Leaving Certificate Examination, 1922
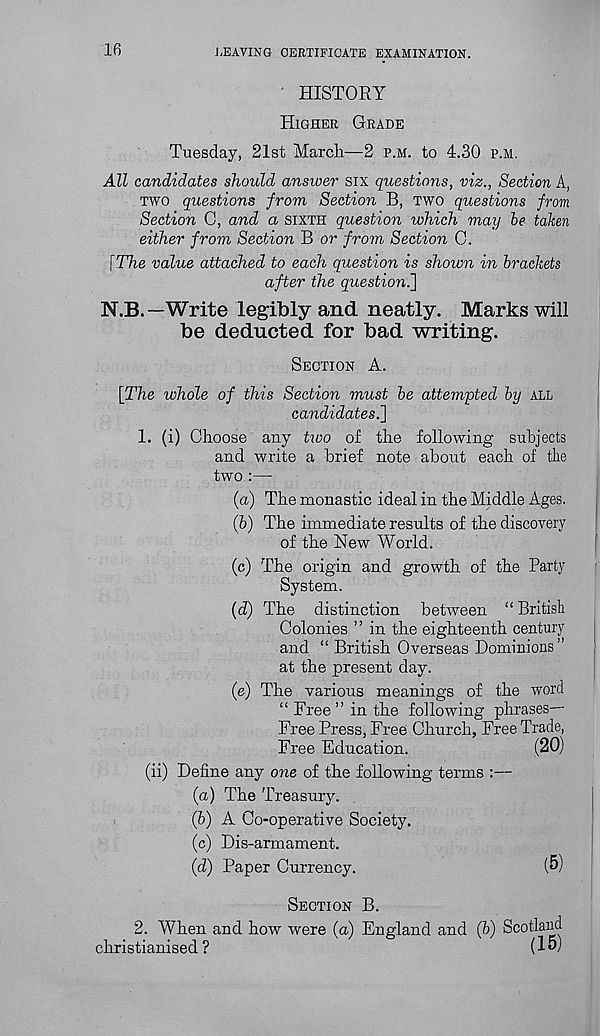
16
LEAVING CERTIFICATE EXAMINATION.
HISTORY
HIGHER GRADE
Tuesday, 21st March.—2 P.M. to 4.30 P.M.
All candidates should ansiver six questions, viz., Section A,
TWO questions from Section B, TWO questions from
Section C, and a SIXTH question which may be taken
either from Section B or from Section C.
\The value attached to each question is shown in brackets
after the question.']
N.B.—Write legibly and neatly. Marks will
be deducted for bad writing.
SECTION A.
[The whole of this Section must be attempted by ALL
candidates.]
1. (i) Choose any two of the following subjects
and write a brief note about each of tlie
two :—
(a) The monastic ideal in the Middle Ages.
(b) The immediate results of the discovery
of the New World.
(c) The origin and growth of the Party
System.
(d) The distinction between “ British
Colonies ” in the eighteenth century
and “ British Overseas Dominions ”
at the present day.
(e) The various meanings of the word
“ Free ” in the following phrases—
Free Press, Free Church, Free Trade,
Free Education.
(20)
(ii) Define any one of the following terms :—
(а) The Treasury.
(б) A Co-operative Society.
(c) Dis-armament.
(d) Paper Currency.
(5)
SECTION B.
2. When and how were (a) England and (&) Scotland
christianised ?
(15)